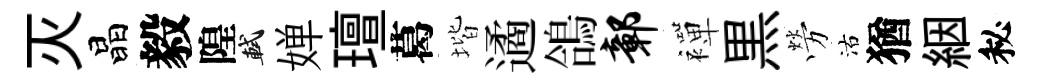
灭晶毅隍軾婵璮葛堦遹鴿鄣襌黒勞沽猶絪秘